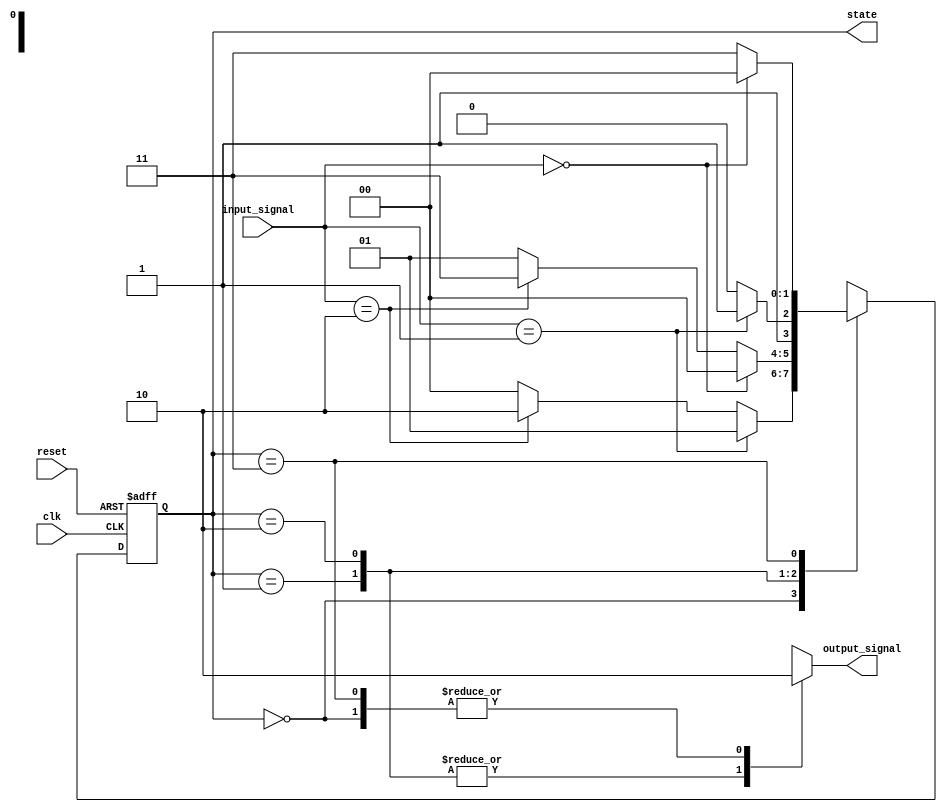
module fsm_preconfigured #(
    parameter STATE_WIDTH = 2,         // Width of the state variable
    parameter NUM_STATES = 4,          // Number of states
    parameter DEFAULT_STATE = 2'b00    // Default initial state
)(
    input wire clk,                     // Clock signal
    input wire reset,                   // Active-high reset signal
    input wire [1:0] input_signal,     // Input signals for state transitions
    output reg [STATE_WIDTH-1:0] state, // Current state output
    output reg output_signal             // Output based on current state
);

// State encoding
localparam STATE_0 = 2'b00;
localparam STATE_1 = 2'b01;
localparam STATE_2 = 2'b10;
localparam STATE_3 = 2'b11;

// State initialization logic
always @(posedge clk or posedge reset) begin
    if (reset) begin
        state <= DEFAULT_STATE; // Set to predefined initial state
    end else begin
        // State transition logic
        case (state)
            STATE_0: begin
                if (input_signal == 2'b01)
                    state <= STATE_1;
                else if (input_signal == 2'b10)
                    state <= STATE_2;
                else
                    state <= STATE_0; // Stay in current state
            end
            STATE_1: begin
                if (input_signal == 2'b00)
                    state <= STATE_0;
                else if (input_signal == 2'b10)
                    state <= STATE_3;
                else
                    state <= STATE_1; // Stay in current state
            end
            STATE_2: begin
                if (input_signal == 2'b01)
                    state <= STATE_3;
                else
                    state <= STATE_2; // Stay in current state
            end
            STATE_3: begin
                if (input_signal == 2'b00)
                    state <= STATE_0;
                else
                    state <= STATE_3; // Stay in current state
            end
            default: state <= DEFAULT_STATE; // Fallback to default state
        endcase
    end
end

// Output generation logic based on current state
always @(*) begin
    case (state)
        STATE_0: output_signal = 1'b0;
        STATE_1: output_signal = 1'b1;
        STATE_2: output_signal = 1'b1;
        STATE_3: output_signal = 1'b0;
        default: output_signal = 1'b0; // Default output
    endcase
end

endmodule